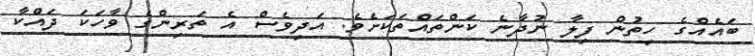
ބައެއްގެ ހިތުން ފިލާ ނުދާނެ ކަންތައްތަކަށެވެ. އަދިވެސް އެ ތަރިންގެ ވާހަކަ ދައްކާ